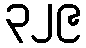
၃၂၉